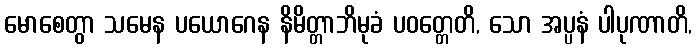
မောစေတွာ သမေန ပယောဂေန နိမိတ္တာဘိမုခံ ပဝတ္တေတိ, သော အပ္ပနံ ပါပုဏာတိ,